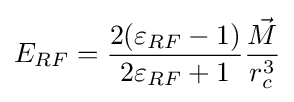
E_{RF}={\frac {2(\varepsilon _{RF}-1)}{2\varepsilon _{RF}+1}}{\frac {\vec {M}}{r_{c}^{3}}}